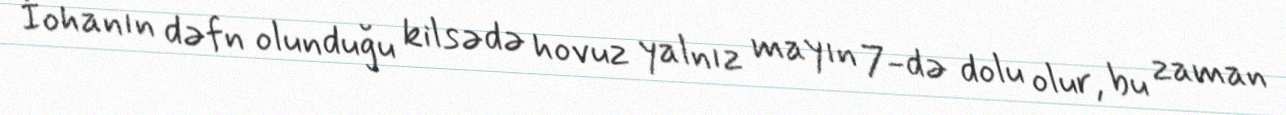
İohanın dəfn olunduğu kilsədə hovuz yalnız mayın 7-də dolu olur, bu zaman